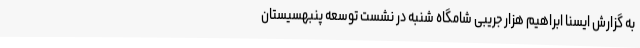
به گزارش ایسنا ابراهیم هزار جریبی شامگاه شنبه در نشست توسعه پنبهسیستان